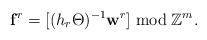
LaTeX: \begin{align*}\mathbf f^r = [(h_r\Theta)^{-1}\mathbf w^r] \bmod \mathbb Z^m.\end{align*}